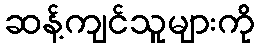
ဆန့်ကျင်သူများကို